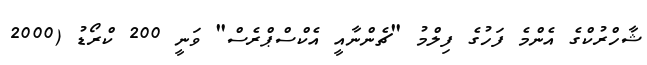
ޝާހްރުކްގެ އެންމެ ފަހުގެ ފިލްމު "ޗެންނާއީ އެކްސްޕްރެސް" ވަނީ 200 ކްރޯޑު (2000